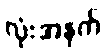
လုံးအနက်